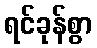
ရင်ခုန်စွာ